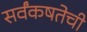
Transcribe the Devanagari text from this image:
सर्वंकषतेची